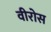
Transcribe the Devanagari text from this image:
वीरोस